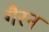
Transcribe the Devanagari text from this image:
गैरन